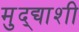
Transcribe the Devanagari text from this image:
मुद्द्याशी